Vaccination in Bombay 1869-1873 - 1869-1873
Year: 1869
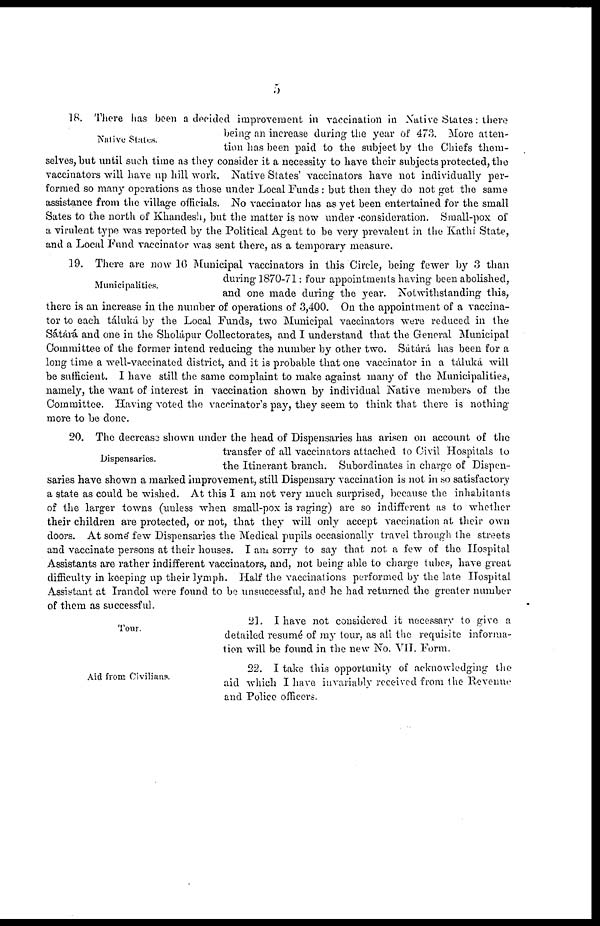
5
Native States.
18. There has been a decided improvement in vaccination in Native States: there
being an increase during the year of 473. More atten-
tion has been paid to the subject by the Chiefs them-
selves, but until such time as they consider it a necessity to have their subjects protected, the
vaccinators will have up hill work. Native States' vaccinators have not individually per-
formed so many operations as those under Local Funds : but then they do not get the same
assistance from the village officials. No vaccinator has as yet been entertained for the small
Sates to the north of Khandesh, but the matter is now under consideration. Small-pox of
a virulent type was reported by the Political Agent to be very prevalent in the Kathi State,
and a Local Fund vaccinator was sent there, as a temporary measure.
Municipalities.
19. There are now 16 Municipal vaccinators in this Circle, being fewer by 3 than
during 1870-71: four appointments having been abolished,
and one made during the year. Notwithstanding this,
there is an increase in the number of operations of 3,400. On the appointment of a vaccina-
tor to each táluká by the Local Funds, two Municipal vaccinators were reduced in the
Sátárá and one in the Sholápur Collectorates, and I understand that the General Municipal
Committee of the former intend reducing the number by other two. Sátárá has been for a
long time a well-vaccinated district, and it is probable that one vaccinator in a táluká will
be sufficient. I have still the same complaint to make against many of the Municipalities,
namely, the want of interest in vaccination shown by individual Native members of the
Committee. Having voted the vaccinator's pay, they seem to think that there is nothing
more to be done.
Dispensaries.
20. The decrease shown under the head of Dispensaries has arisen on account of the
transfer of all vaccinators attached to Civil Hospitals to
the Itinerant branch. Subordinates in charge of Dispen-
saries have shown a marked improvement, still Dispensary vaccination is not in so satisfactory
a state as could be wished. At this I am not very much surprised, because the inhabitants
of the larger towns (unless when small-pox is raging) are so indifferent as to whether
their children are protected, or not, that they will only accept vaccination at their own
doors. At some' few Dispensaries the Medical pupils occasionally travel through the streets
and vaccinate persons at their houses. I am sorry to say that not a few of the Hospital
Assistants are rather indifferent vaccinators, and, not being able to charge tubes, have great
difficulty in keeping up their lymph. Half the vaccinations performed by the late Hospital
Assistant at Irandol were found to be unsuccessful, and he had returned the greater number
of them as successful.
Tour.
21. I have not considered it necessary to give a
detailed resumé of my tour, as all the requisite informa-
tion will be found in the new No. VII. Form.
Aid from Civilians.
22. I take this opportunity of acknowledging the
aid which I have invariably received from the Revenue
and Police officers.